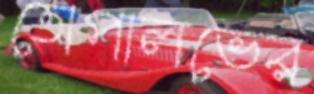
তোপালভের